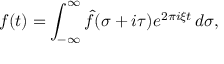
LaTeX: f ( t ) = \int _ { - \infty } ^ { \infty } { \hat { f } } ( \sigma + i \tau ) e ^ { 2 \pi i \xi t } \, d \sigma ,